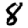
Digit: 8